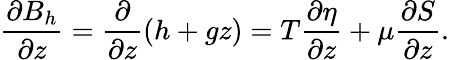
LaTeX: \frac{\partial B_{h}}{\partial z}=\frac{\partial}{\partial z}(h+gz)=T\frac{\partial\eta}{\partial z}+\mu\frac{\partial S}{\partial z}.